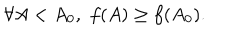
\forall A < A _ { 0 } , \, \, f ( A ) \geq f ( A _ { 0 } ) .